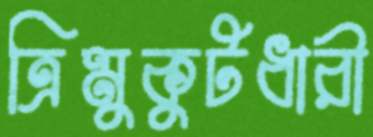
ত্রিমুকুটধারী